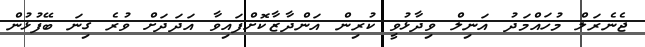
ޖެނެރަލް މުހައްމަދު އަނިލް ވިދާޅުވީ ކުރިން އަންދާޒާކޮށްފައިވާ އަދަދަށް ވުރެ ގިނަ ބޭފުޅުން